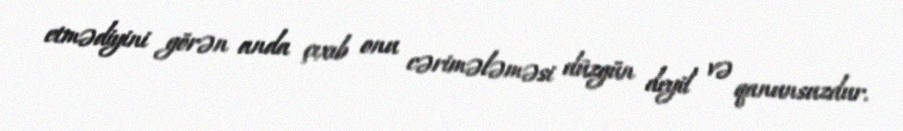
etmədiyini görən anda çıxıb onu cərimələməsi düzgün deyil və qanunsuzdur.